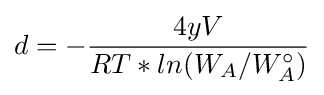
d=-{4yV \over RT*ln(W_{A}/W_{A}^{\circ })}